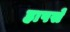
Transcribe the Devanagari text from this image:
हापसे